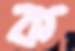
ক